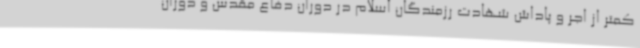
کمتر از اجر و پاداش شهادت رزمندگان اسلام در دوران دفاع مقدس و دوران